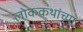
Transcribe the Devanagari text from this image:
लोककथांच्या